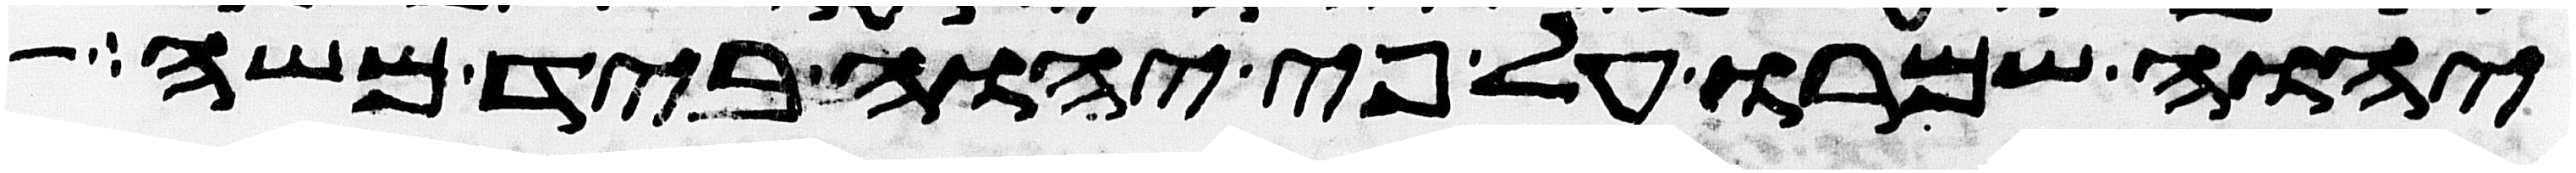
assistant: יהוה שמרו על פי יהוה ביד משה